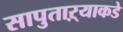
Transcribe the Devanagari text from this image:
सापुताऱ्याकडे